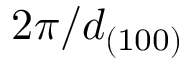
2 \pi / d _ { ( 1 0 0 ) }